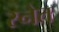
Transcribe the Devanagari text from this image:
स्नेत